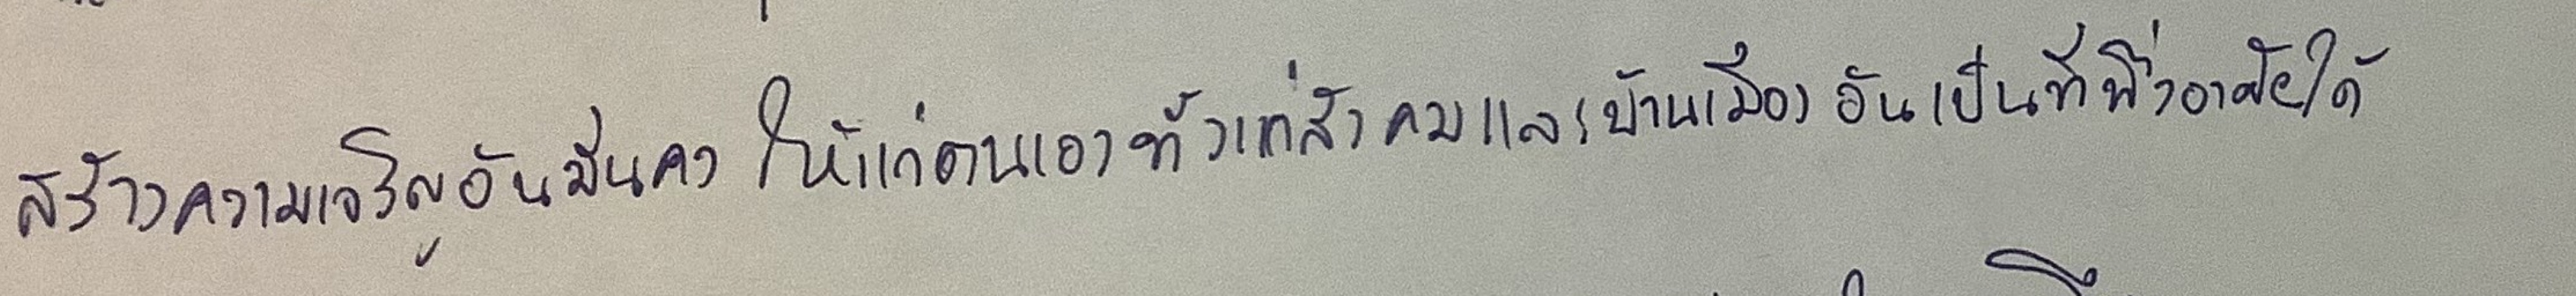
สร้างความเจริญมั่นคงให้แก่ตนเองทั้งแก่สังคมและบ้านเมืองอันเป็นที่พึ่งอาศัยได้